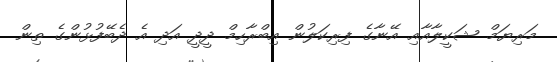
މަރިޔަމް ޝަކީލާއާއި އޭނާގެ ފިރިކަލުން އިބްރާހިމް ދީދީ އަދި އެ ދެބޭފުޅުންގެ ތިން